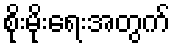
စိုးမိုးရေးအတွက်